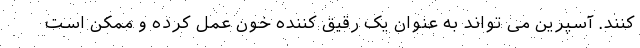
کنند. آسپرین می تواند به عنوان یک رقیق کننده خون عمل کرده و ممکن است